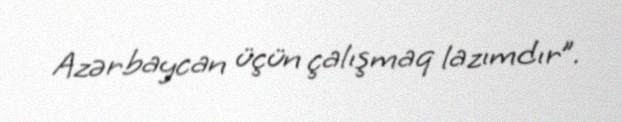
Azərbaycan üçün çalışmaq lazımdır”.